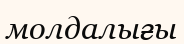
молдалығы